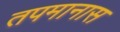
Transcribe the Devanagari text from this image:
तपमानास